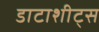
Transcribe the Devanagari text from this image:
डाटाशीट्स